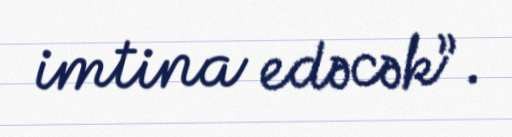
imtina edəcək”.